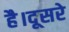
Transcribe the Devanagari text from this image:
है।दूसरे